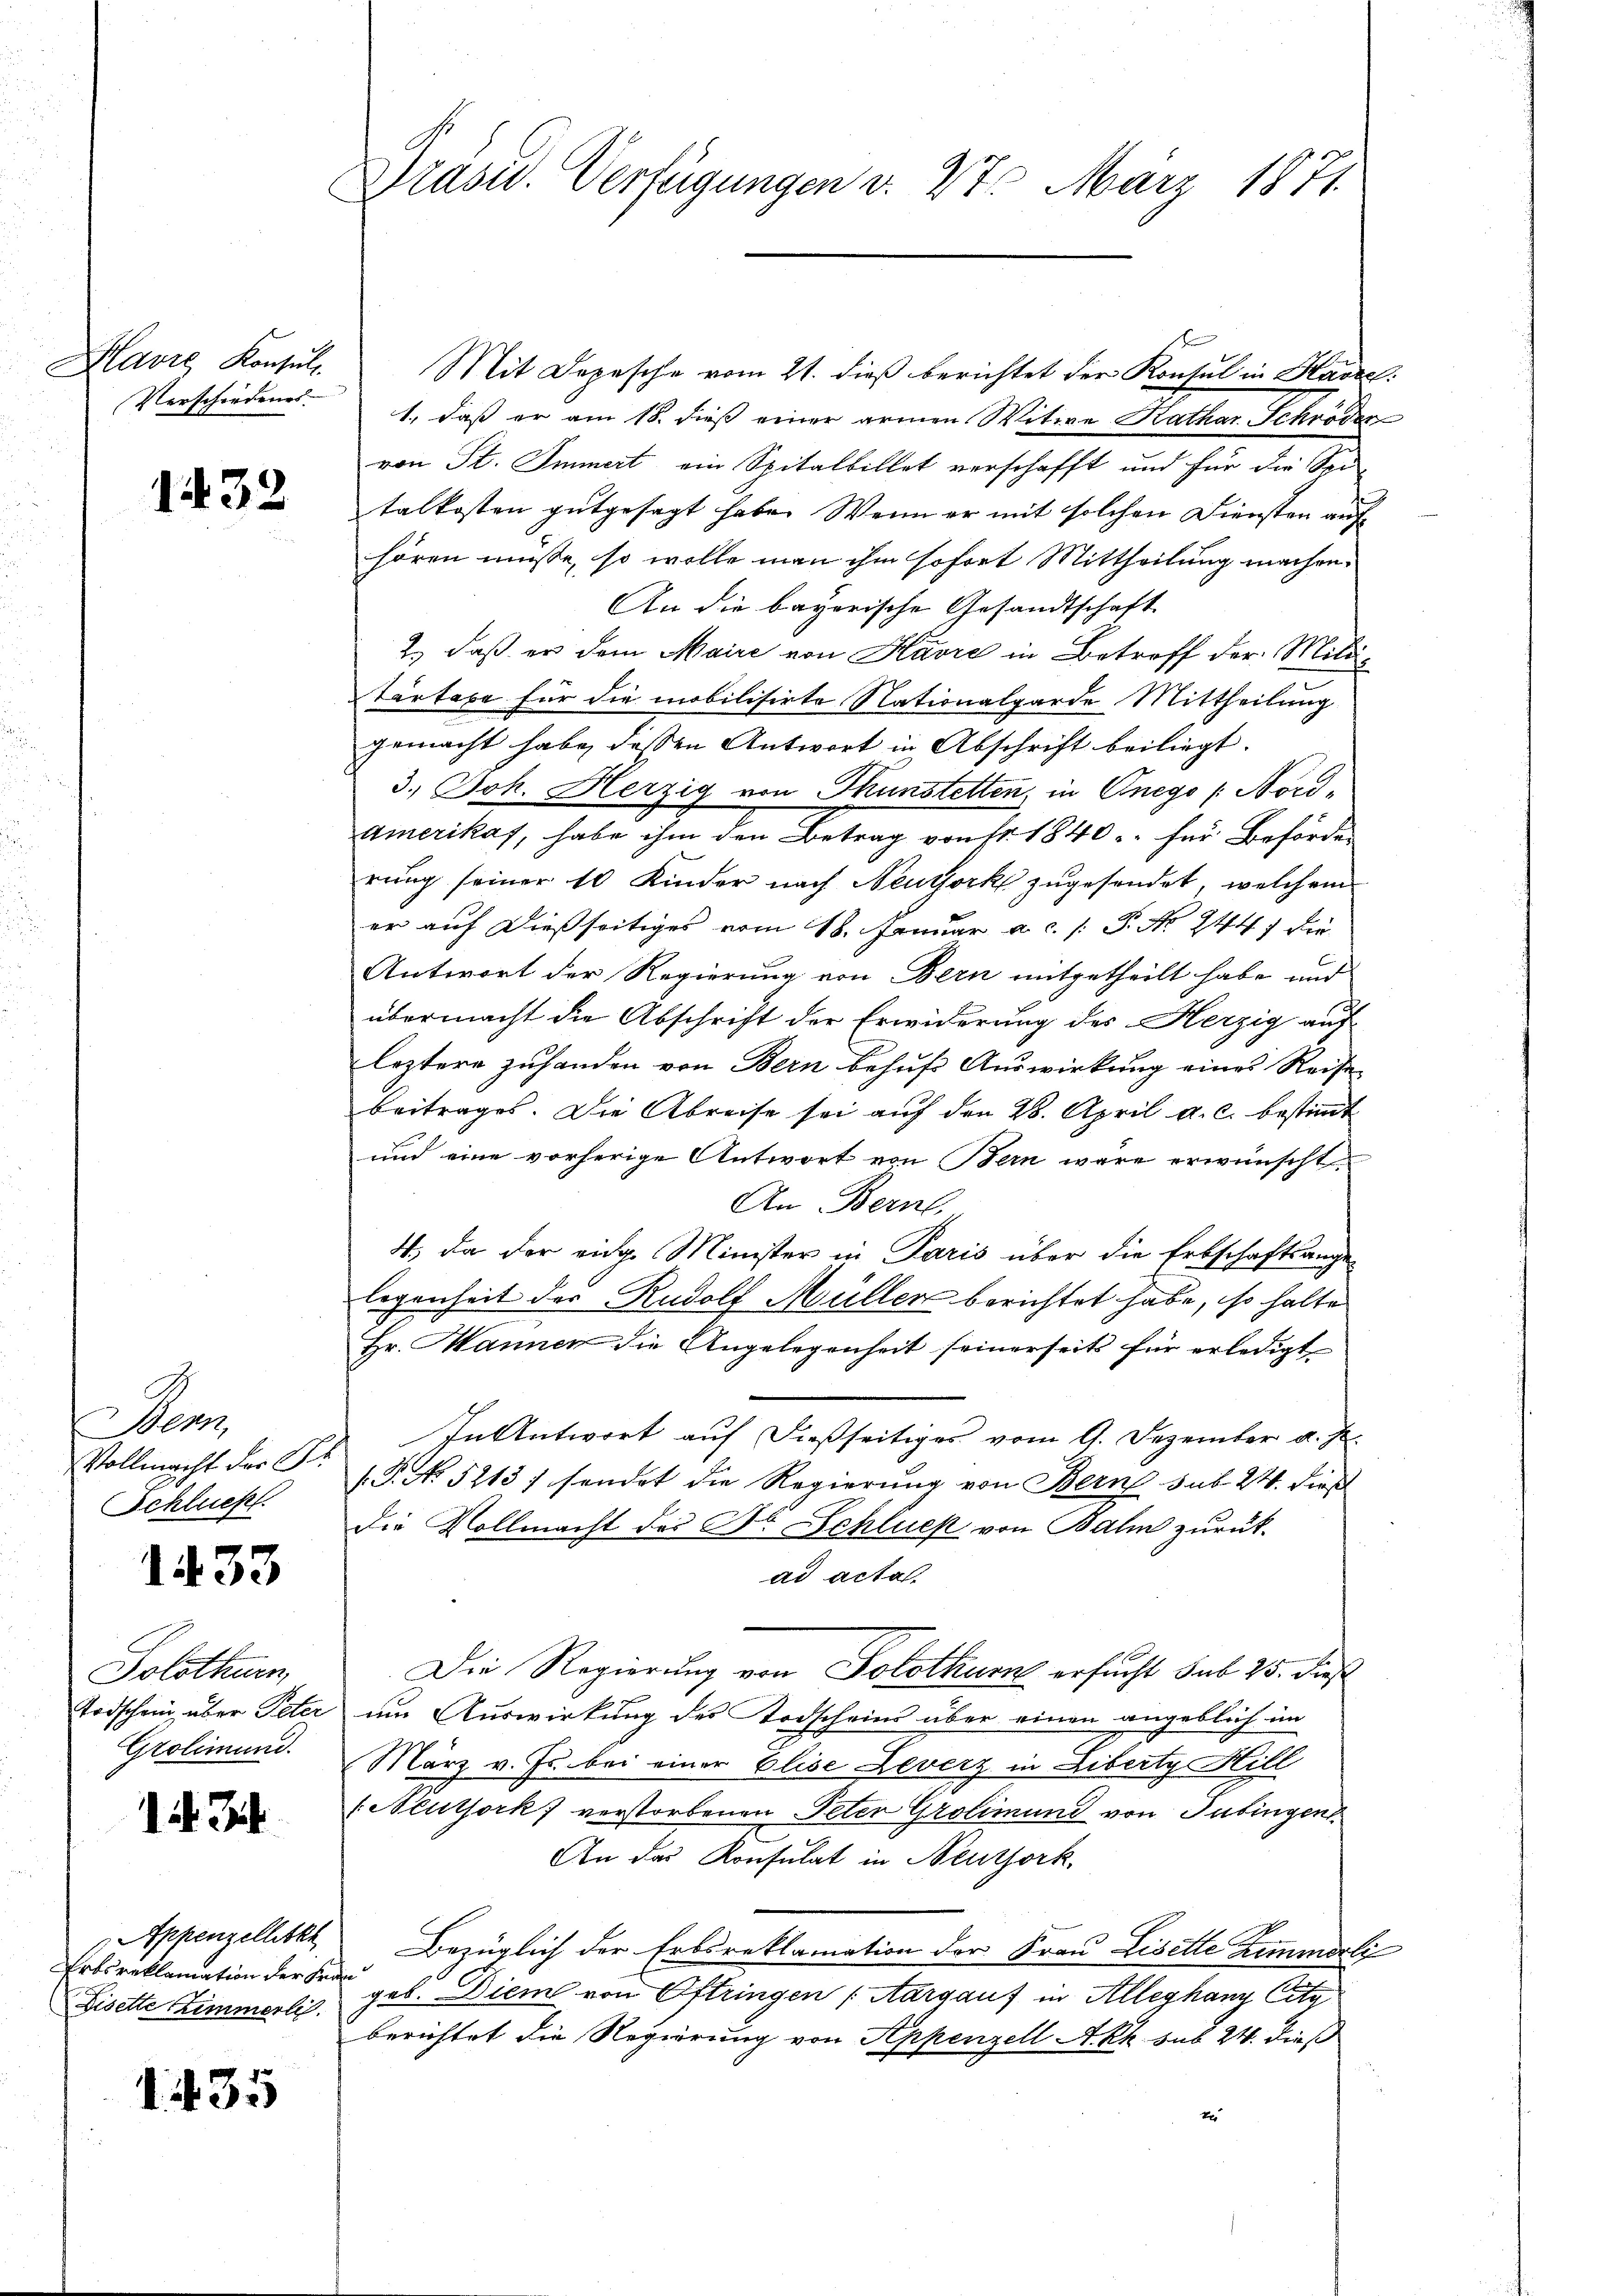
Havre Konsul
Verschiedenes.

1432

Dems
Vollmacht der Pr
Schluck

1433

Solothurn
Todschein über Peter
Grolimund.

12. Ju

Appenzellette
Ertsreklamation der Fr
Disette Zimmerli

1. 435

Präsid. Verfügungen v. 28. März 1871.

Mit Depesche vom 21. dieß berichtet der Konsul in Hasell
1., daß er am 18. dieß einer armen Witwe Kathar Schröder
von St. Immert, ein Spitalbillet verschafft und für die Sei-
talkosten gutgesagt habe. Wenn er mit solchen Diensten auf
hören müsse, so wolle man ihm sofort Mittheilung machen.
An die bayerische Gesandtschaft
2.) daß er dem Maire von Havre in Betroff der Mili¬
Tartaxe für die mobilisirte Nationalgarde Mittheilung
gemacht habe, dessen Antwort in Abschrift beiliegt.
3.) Joh. Herzig von Thunstetten, in Onego ( Nord¬
Amerikas, habe ihm den Betrag von Fr. 1840. für Beförde
rung seiner 10 Kinder nach Neuork zugesendet, welchem
er auf dießseitiges vom 18. Januar a.c. /: P. Nr. 244 die
Antwort der Regierung von Bern mitgetheilt habe und
übermacht die Abschrift der Erwiderung des Herzig auf
leztere Zuhanden von Bern behufs Auswirkung eines Reise
beitrages. Die Abreise sei auf den 28. April a. c. bestimmt
und eine vorherige Antwort von Bern wäre erwünscht
An Bern.
4.) Da der eidg. Minister in Paris über die Erbschaftsangelegenheit der Rudolf Müller berichtet habe, so halte
Hr. Mannen die Angelegenheit seinerseits für erledigt
In Antwort auf dießseitiges vom 9. Dezember d. Js.
(.P. No 5213; sendet die Regierung von Bern sub. 24. dieß
Die Vollmacht des Dr. Schluck von Balin zurückad acta.
Die Regierung von Solothurn ersucht sub 25. dieß
um Auswirkung des Todscheins über einen angeblich im
März v. Js. bei einer Elise Leverz in Liberty Hill
/. Neuthork verstorbenen Peter Grotimund von Tübingen
An das Konsulat in Neuthork
Bezüglich der Erbsreklamation der Frau Lisette Zimmerli
 geb. Dieme von Oftringen (Aargauf in Alleghang letz
berichtet die Regierung von Appenzell A.Rh. sub 24. dieß
t